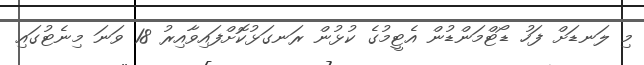
މި ލަނޑަށް ފަހު ޑޯޓްމަންޑުން އެޓީމުގެ ކުޅުން ރަނގަޅުކޮށްފައިވާއިރު 18 ވަނަ މިނެޓުގައި